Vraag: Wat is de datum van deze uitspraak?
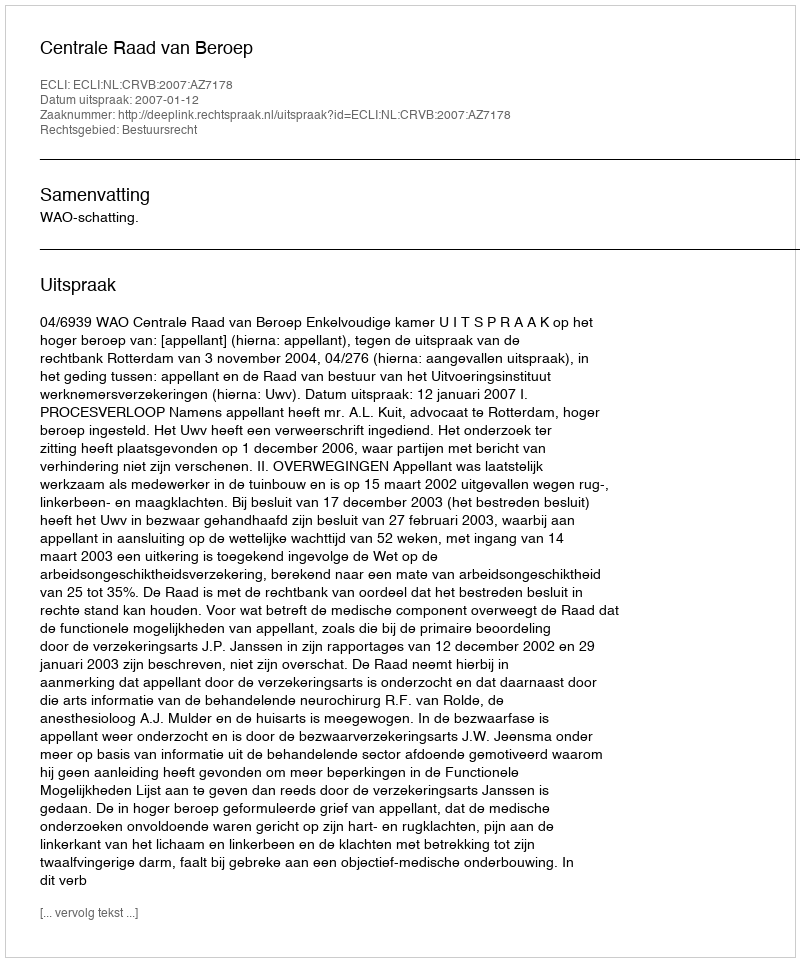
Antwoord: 2007-01-12